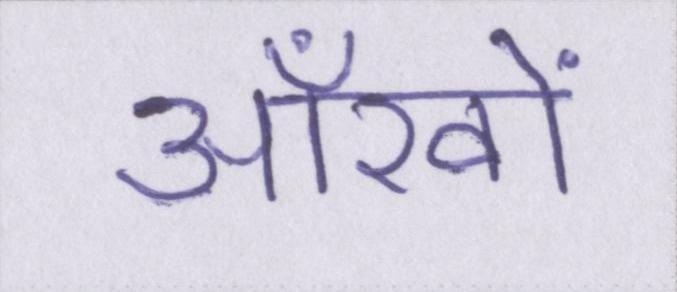
आँखों